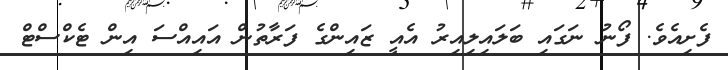
ފެށިއެވެ. ފޯނު ނަގައި ބަލައިލިއިރު އެއީ ޒައިންގެ ފަރާތުން އައިއްސަ އިން ޓެކްސްޓް